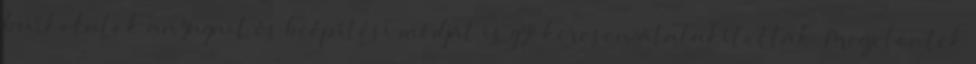
burkolatok anyagait és beépítési módját is gyökeresen átalakították. Megjelentek